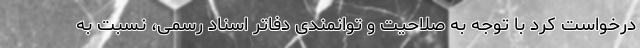
درخواست کرد با توجه به صلاحیت و توانمندی دفاتر اسناد رسمی، نسبت به